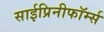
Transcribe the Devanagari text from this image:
साईप्रिनीफॉर्म्स